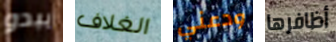
يبدو الغلاف ودعني أظافرها